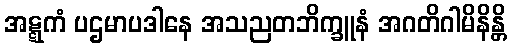
အဋ္ဋကံ ပဌမာပဒါနေ အသညတဘိက္ခူနံ အဂတိဂါမိနိန္တိ